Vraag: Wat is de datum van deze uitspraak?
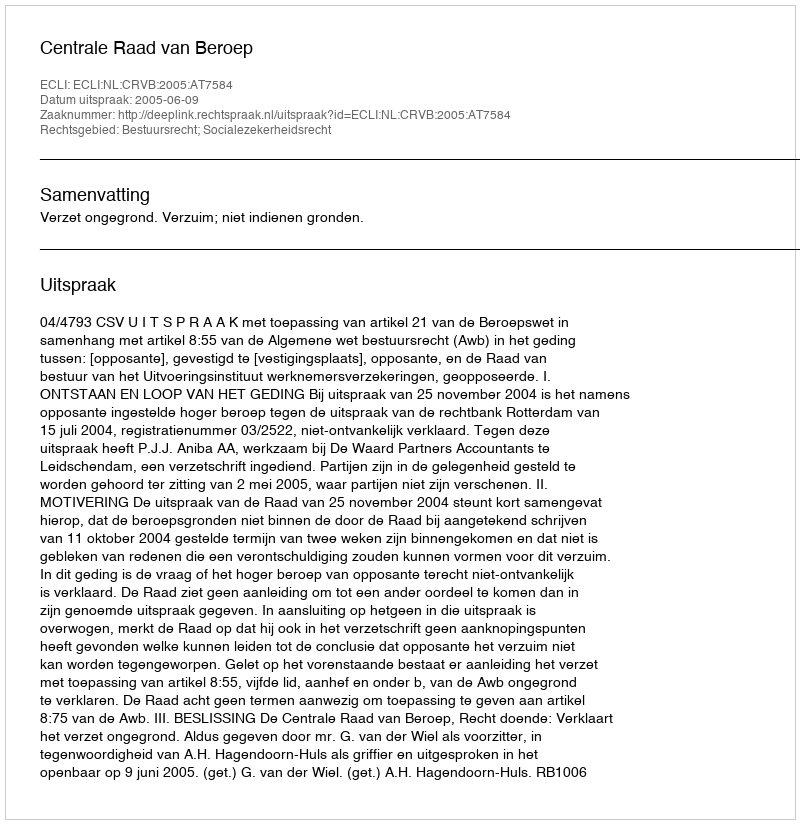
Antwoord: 2005-06-09